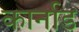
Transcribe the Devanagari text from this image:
कार्नाड